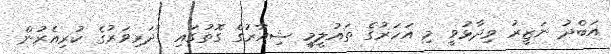
އަބްދު ނަޒީރު ވިދާޅުވީ މި އަހަރުގެ ތައުލީމީ ޝިއާރުގެ ގޮތުގައި ''ދަރިވަރުގެ ކުރިއެރުން